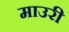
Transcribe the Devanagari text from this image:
माउरी